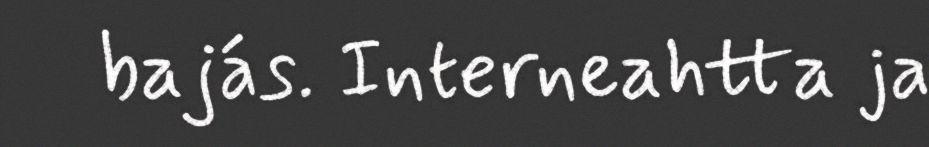
bajás. Interneahtta ja